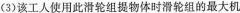
(3)该工人使用此滑轮组提物体时滑轮组的最大机